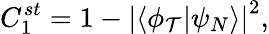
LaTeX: C_{1}^{st}=1-\left|\left\langle\phi_{\mathcal{T}}|\psi_{N}\right\rangle\right|^{2},